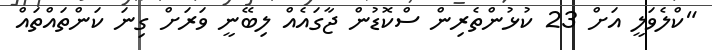
"ކްލެވަލީ އަށް 23 ކުޅުންތެރިން ސްކޮޑުން ޖާގައެއް ލިބޭނީ ވަރަށް ގިނަ ކަންތައްތައް